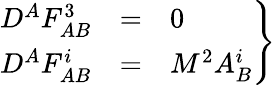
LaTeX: \left.\begin{array}{ccl}{{D^{A}F_{AB}^{3}}}&{{=}}&{{0}}\\ {{D^{A}F_{AB}^{i}}}&{{=}}&{{M^{2}A_{B}^{i}}}\end{array}\right\}